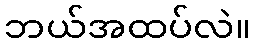
ဘယ်အထပ်လဲ။